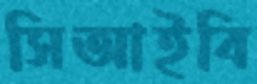
সিআইবি